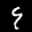
Label: 9